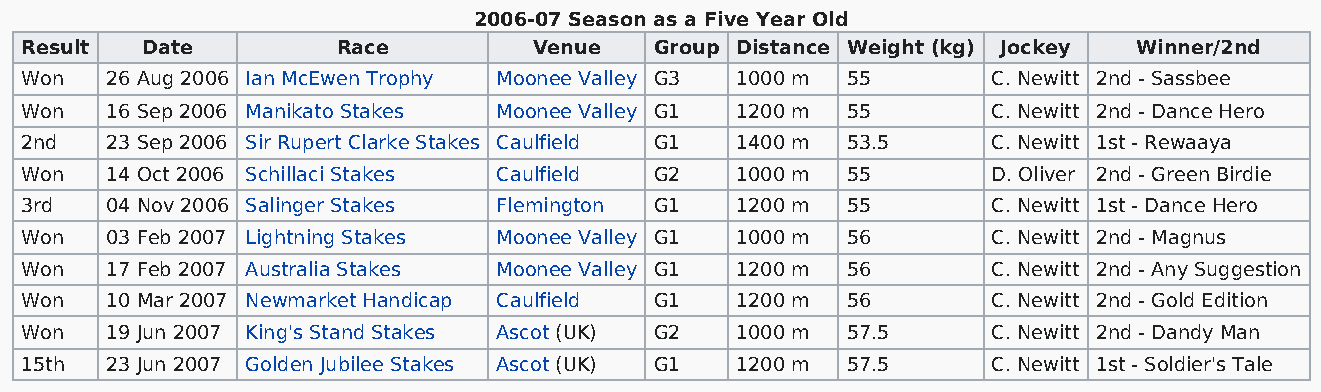
2006-07 Season as a Five Year Old
 Result  Date         Race         Venue   Group Distance Weight (kg) Jockey Winner/2nd
 Won   26 Aug 2006 Ian McEwen Trophy Moonee Valley G3 1000 m 55   C. Newitt 2nd - Sassbee
 Won   16 Sep 2006 Manikato Stakes Moonee Valley G1 1200 m 55     C. Newitt 2nd - Dance Hero
 2nd   23 Sep 2006 Sir Rupert Clarke Stakes Caulfield G1 1400 m 53.5 C. Newitt 1st - Rewaaya
 Won   14 Oct 2006 Schillaci Stakes Caulfield G2 1000 m 55        D. Oliver 2nd - Green Birdie
 3rd   04 Nov 2006 Salinger Stakes Flemington G1 1200 m 55        C. Newitt 1st - Dance Hero
 Won   03 Feb 2007 Lightning Stakes Moonee Valley G1 1000 m 56    C. Newitt 2nd - Magnus
 Won   17 Feb 2007 Australia Stakes Moonee Valley G1 1200 m 56    C. Newitt 2nd - Any Suggestion
 Won   10 Mar 2007 Newmarket Handicap Caulfield G1 1200 m 56      C. Newitt 2nd - Gold Edition
 Won   19 Jun 2007 King's Stand Stakes Ascot (UK) G2 1000 m 57.5  C. Newitt 2nd - Dandy Man
 15th  23 Jun 2007 Golden Jubilee Stakes Ascot (UK) G1 1200 m 57.5 C. Newitt 1st - Soldier's Tale